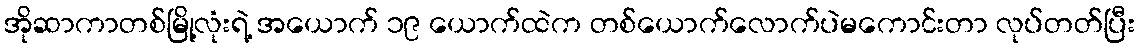
အိုဆာကာတစ်မြို့လုံးရဲ့ အယောက် ၁၉ ယောက်ထဲက တစ်ယောက်လောက်ပဲမကောင်းတာ လုပ်တတ်ပြီး